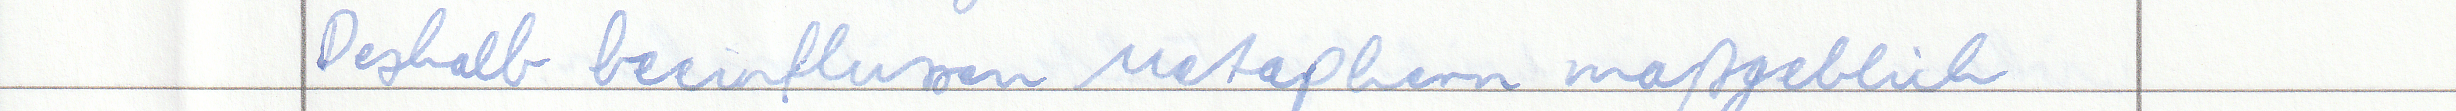
Deshalb beeinflussen Metaphern maßgeblich